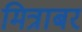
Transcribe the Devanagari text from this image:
मित्राबर